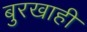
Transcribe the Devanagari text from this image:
बुरखाही